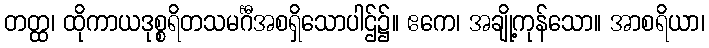
တတ္ထ၊ ထိုကာယဒုစ္စရိတသမင်္ဂီအစရှိသောပါဌ်၌။ ဧကေ၊ အချို့ကုန်သော။ အာစရိယာ၊